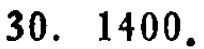
$30.\ 1400.$